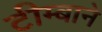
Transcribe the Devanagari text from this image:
टीम्बाने